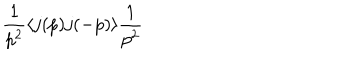
\frac { 1 } { p ^ { 2 } } \langle j ( p ) j ( - p ) \rangle \frac { 1 } { p ^ { 2 } }